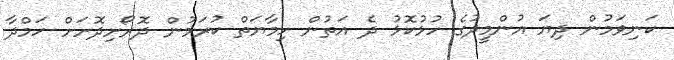
ކަނިވަމުން ދިޔަ އުންމީދުގެ ހުޅުކޮޅު ދެ އަތުން ހިމާޔަތް ކުރަމުން ދޮރޯށިދޮށަށް ހަމްދާ